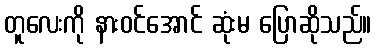
တူလေးကို နားဝင်အောင် ဆုံးမ ပြောဆိုသည်။